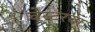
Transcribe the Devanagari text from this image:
चेस्टरचा